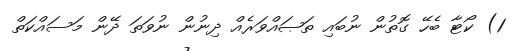
1) ކޯޓާ ބެހޭ ގޮތުން ނުބައި ތަޞައްވަރެއް ދިނުން ނުވަތަ ދޭން މަސައްކަތް